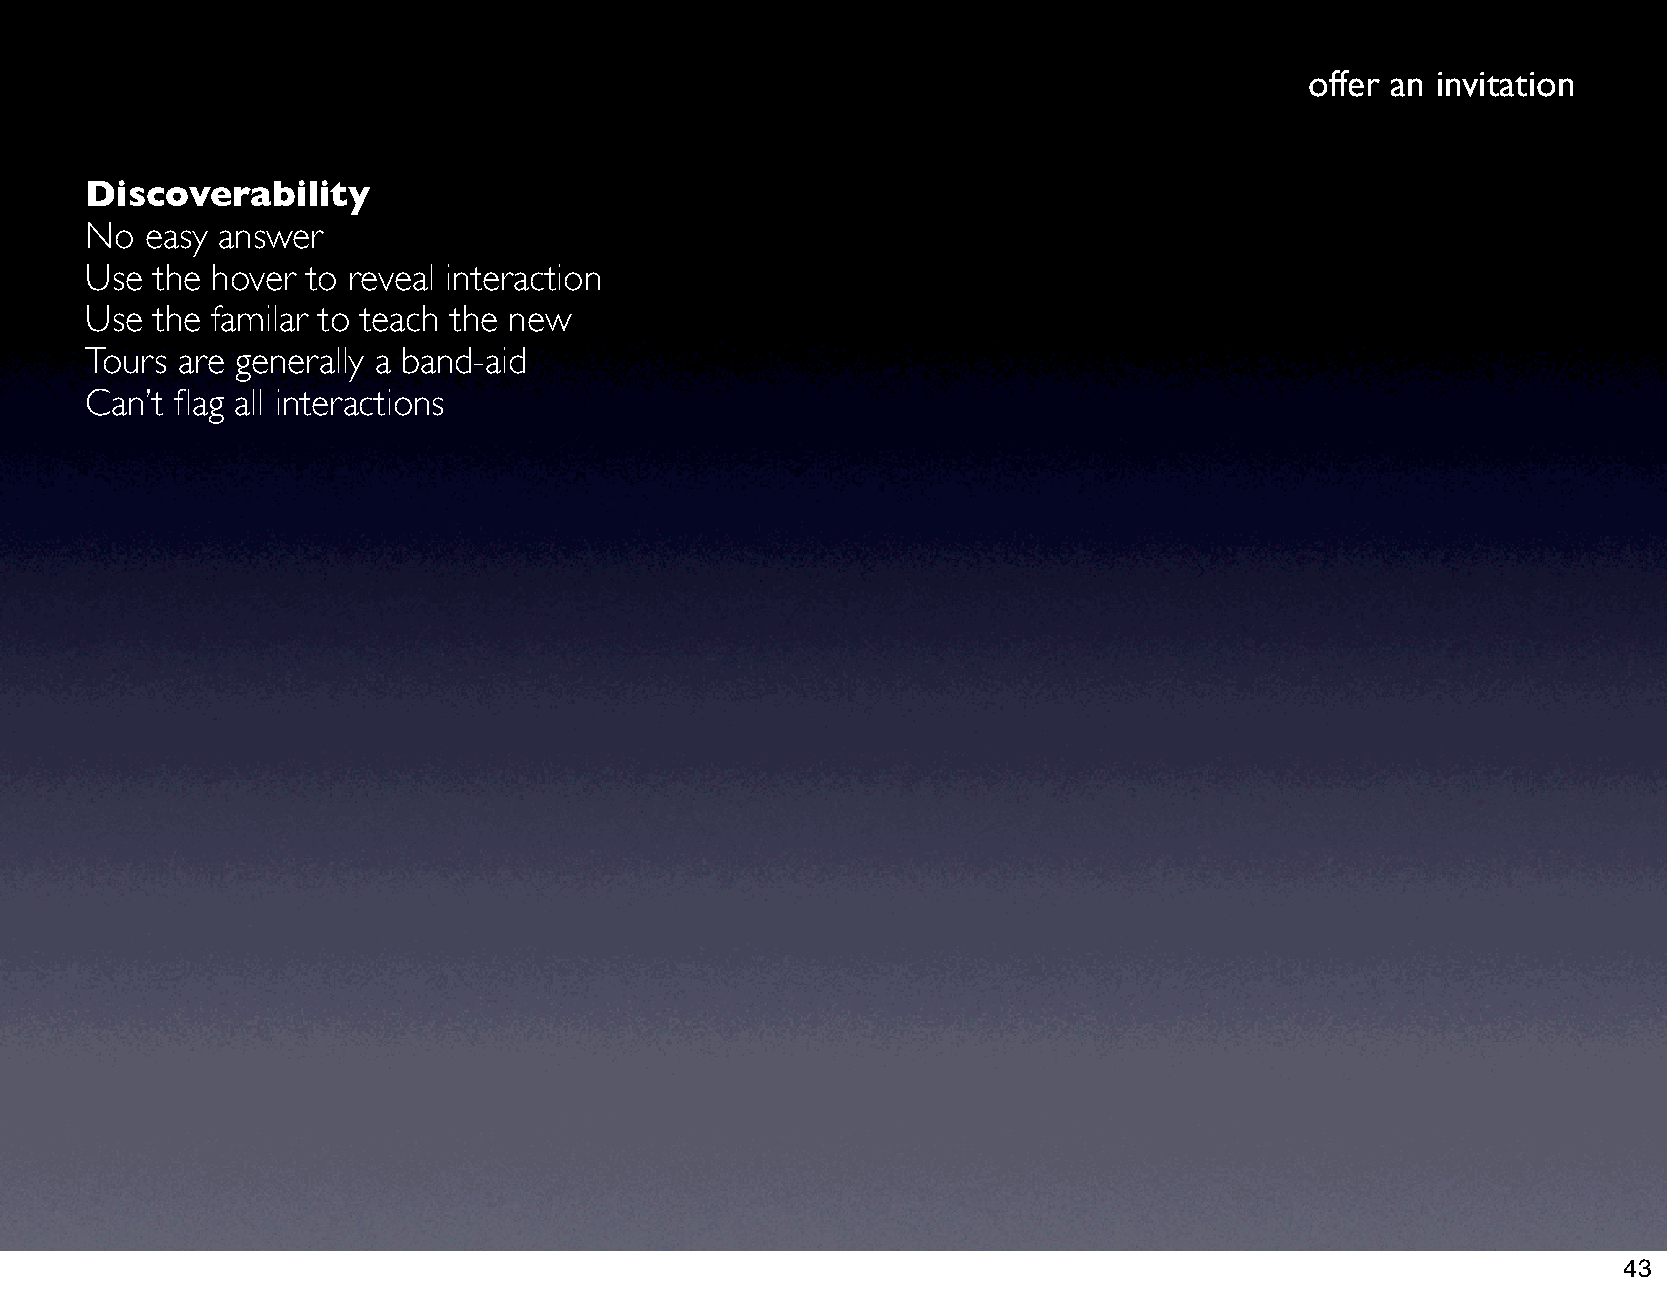
offer an invitation
 Discoverability
 No  easy answer
 Use the hover to reveal interaction
 Use the familar to teach the new
 Tours are generally a band-aid
 Can’t flag all interactions
 43